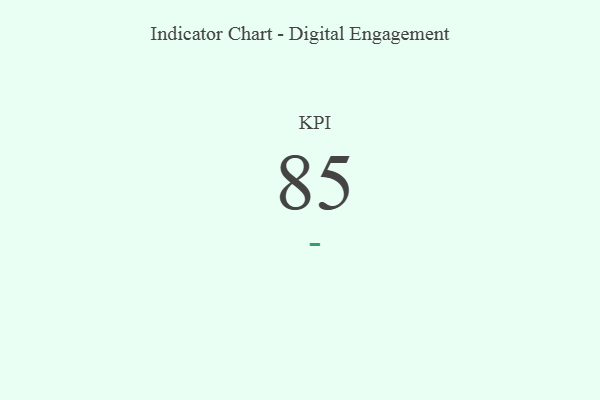
{"axis": {"x": "KPI", "y": "Value"}, "legend": [""], "data": [{"x": "KPI", "y": 85, "type": ""}]}